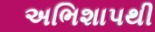
અભિશાપથી